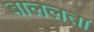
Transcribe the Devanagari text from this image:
बाललता